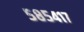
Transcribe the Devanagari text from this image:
५८५४१७